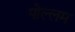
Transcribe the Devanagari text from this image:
पोल्लम